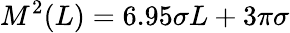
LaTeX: M^{2}(L)=6.95\sigma L+3\pi\sigma